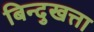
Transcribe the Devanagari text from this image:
बिन्दुखत्ता